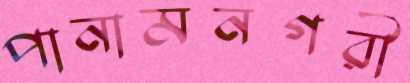
পানামনগরী